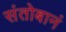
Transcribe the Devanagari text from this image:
संतोबानं